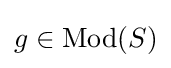
g\in \operatorname {Mod} (S)